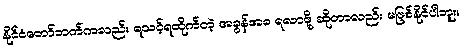
နိုင်ငံတော်ဘက်ကလည်း ရသင့်ရထိုက်တဲ့ အခွန်အခ ရလာဖို့ ဆိုတာလည်း မဖြစ်နိုင်ပါဘူး။